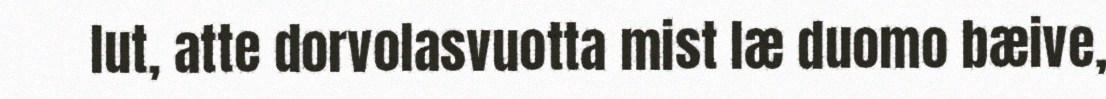
lut, atte dorvolasvuotta mist læ duomo bæive,